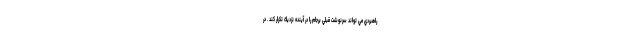
راهبردي مي تواند سرنوشت قبلي برجام را در آينده نزديك تكرار كند . در